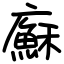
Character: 㢝